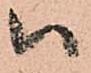
ハ